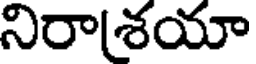
నిరాశయా